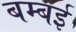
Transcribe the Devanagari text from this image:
बम्‍बई